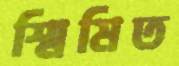
স্মিমিত